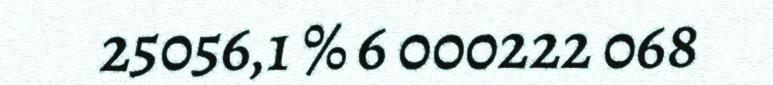
25056,1 % 6 000222 068